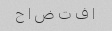
ا ف ت ض ا ح